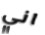
اني